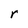
Character: r